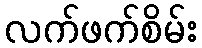
လက်ဖက်စိမ်း